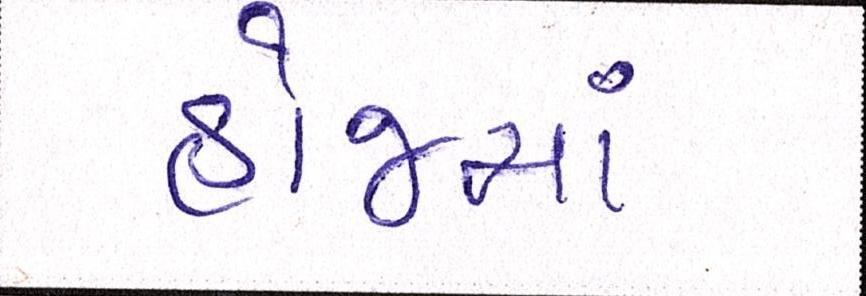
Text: હોજમાં